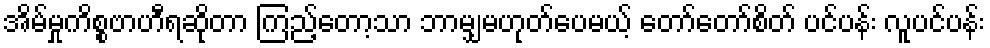
အိမ်မှုကိစ္စဗာဟီရဆိုတာ ကြည့်တော့သာ ဘာမျှမဟုတ်ပေမယ့် တော်တော်စိတ် ပင်ပန်း လူပင်ပန်း